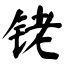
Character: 铑